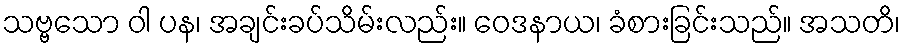
သဗ္ဗသော ဝါ ပန၊ အချင်းခပ်သိမ်းလည်း။ ဝေဒနာယ၊ ခံစားခြင်းသည်။ အသတိ၊